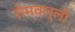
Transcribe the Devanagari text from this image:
रोमवल्ली